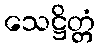
သေဋ္ဌိတ္တံ